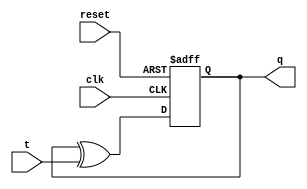
module t_flip_flop (
    input wire clk,       // Clock input
    input wire reset,     // Reset input
    input wire t,         // T input
    output reg q          // Q output
);

reg d; // D input for the D flip-flop

// T flip-flop logic using D flip-flop with XOR gate
assign d = q ^ t; // D input is XOR of Q output and T input

always @(posedge clk or posedge reset) begin
    if (reset) begin
        q <= 1'b0; // Reset Q output to 0
    end else begin
        q <= d; // Update Q output based on D input
    end
end

endmodule